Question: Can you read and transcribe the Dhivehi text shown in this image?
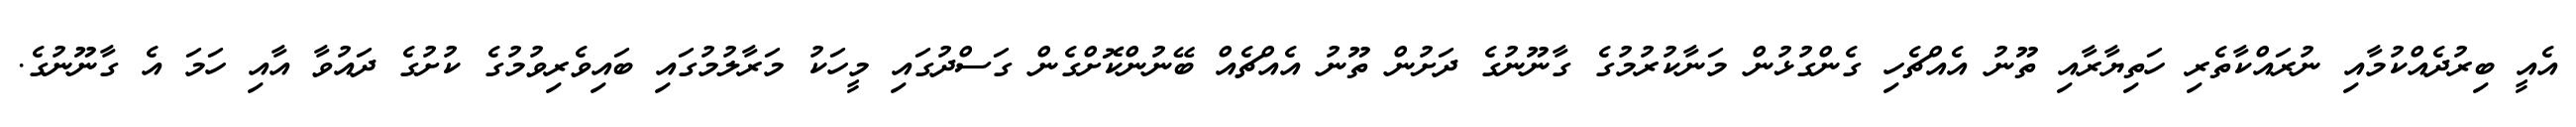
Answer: އެއީ ބިރުދެއްކުމާއި ނުރައްކާތެރި ހަތިޔާރާއި ތޫނު އެއްޗެހި ގެންގުޅުން މަނާކުރުމުގެ ގާނޫނުގެ ދަށުން ތޫނު އެއްޗެއް ބޭނުންކޮށްގެން ގަސްދުގައި މީހަކު މަރާލުމުގައި ބައިވެރިވުމުގެ ކުށުގެ ދައުވާ އާއި ހަމަ އެ ގާނޫނުގެ.